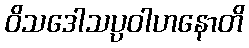
ဝိသဒေါသပ္ပဝါဟနောတိ